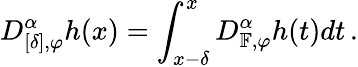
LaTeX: D_{[\delta],\varphi}^{\alpha}h(x)=\int_{x-\delta}^{x}D_{\mathbb{F},\varphi}^{\alpha}h(t)dt\, .